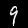
Label: 9